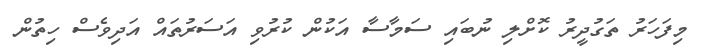
މިފަހަރު ތަގުދީރު ކޮށްލި ނުބައި ސަމާސާ އަކުން ކުރުވި އަސަރުތައް އަދިވެސް ހިތުން